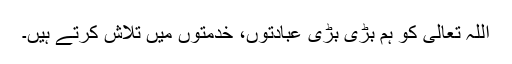
اللہ تعالیٰ کو ہم بڑی بڑی عبادتوں، خدمتوں میں تلاش کرتے ہیں۔